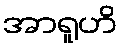
အာရူဟိ